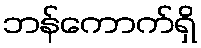
ဘန်ကောက်ရှိ